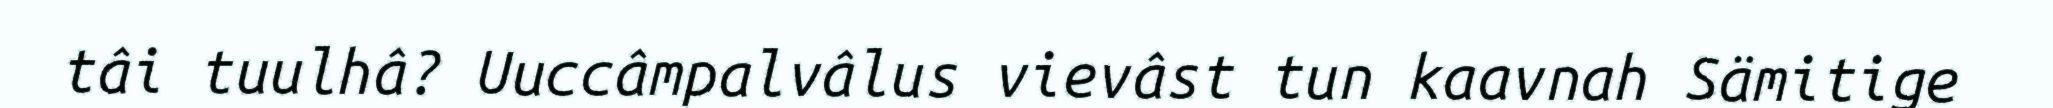
tâi tuulhâ? Uuccâmpalvâlus vievâst tun kaavnah Sämitige